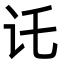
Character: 讬